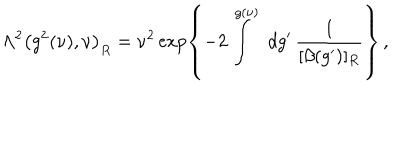
LaTeX: \Lambda ^ { 2 } \left( g ^ { 2 } ( \nu ) , \nu \right) _ { R } = \nu ^ { 2 } \exp \left\{ - 2 \int ^ { g ( \nu ) } \, \, d g ^ { \prime } \, \frac { 1 } { [ \beta ( g ^ { \prime } ) ] _ { R } } \right\} \, ,